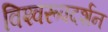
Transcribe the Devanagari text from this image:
विश्‍वरूपदर्शन